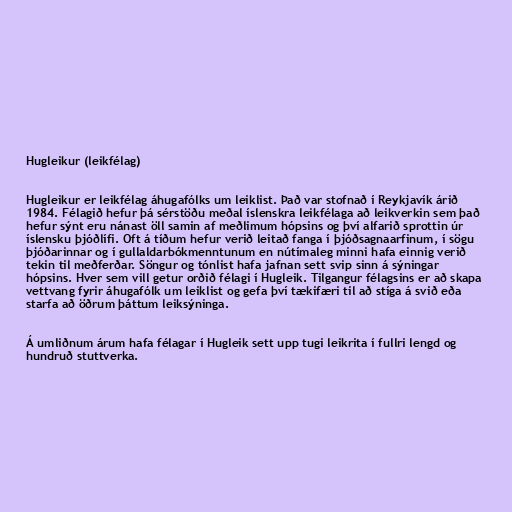
Hugleikur (leikfélag)

Hugleikur er leikfélag áhugafólks um leiklist. Það var stofnað í Reykjavík árið
1984. Félagið hefur þá sérstöðu meðal íslenskra leikfélaga að leikverkin sem það
hefur sýnt eru nánast öll samin af meðlimum hópsins og því alfarið sprottin úr
íslensku þjóðlífi. Oft á tíðum hefur verið leitað fanga í þjóðsagnaarfinum, í sögu
þjóðarinnar og í gullaldarbókmenntunum en nútímaleg minni hafa einnig verið
tekin til meðferðar. Söngur og tónlist hafa jafnan sett svip sinn á sýningar
hópsins. Hver sem vill getur orðið félagi í Hugleik. Tilgangur félagsins er að skapa
vettvang fyrir áhugafólk um leiklist og gefa því tækifæri til að stíga á svið eða
starfa að öðrum þáttum leiksýninga.

Á umliðnum árum hafa félagar í Hugleik sett upp tugi leikrita í fullri lengd og
hundruð stuttverka.